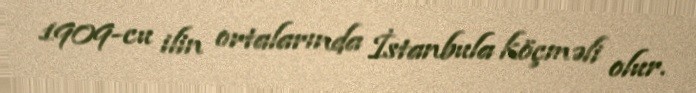
1909-cu ilin ortalarında İstanbula köçməli olur.